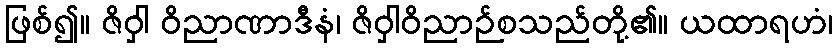
ဖြစ်၍။ ဇိဝှါ ဝိညာဏာဒီနံ၊ ဇိဝှါဝိညာဉ်စသည်တို့၏။ ယထာရဟံ၊